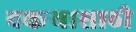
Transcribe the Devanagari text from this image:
बकर्‍यासाठी